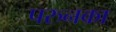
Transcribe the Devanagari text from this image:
परुनका